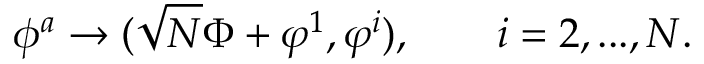
\phi ^ { a } \rightarrow ( \sqrt { N } \Phi + \varphi ^ { 1 } , \varphi ^ { i } ) , \qquad i = 2 , . . . , N .